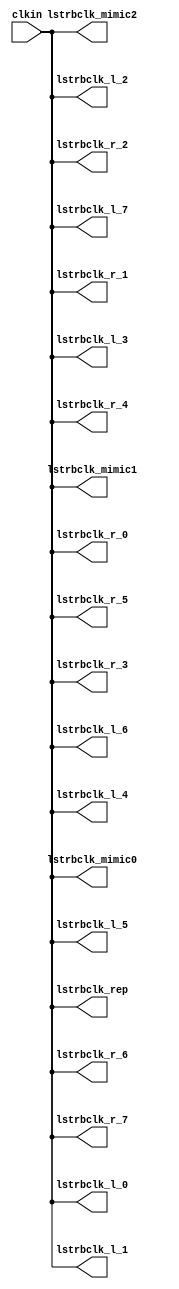
// SPDX-License-Identifier: Apache-2.0
// Copyright (C) 2019 Intel Corporation. 
//------------------------------------------------------------------------
// Copyright (c) 2012 Altera Corporation. .
//
//------------------------------------------------------------------------
// Revision:    $Revision: 1 $
//------------------------------------------------------------------------
// Description: skew-matched clock distribution network
//------------------------------------------------------------------------

`timescale 1ps/1ps
module aibcr3_clktree_avmm_pcs 
#(
parameter SKEW_DELAY     = 60   //min:20ps; typ :60ps; max:100ps
)
(
   input  wire         clkin,                   //clock source
   output wire 	       lstrbclk_l_0, 	        //buffered clock
   output wire         lstrbclk_l_1,            //buffered clock
   output wire         lstrbclk_l_2,            //buffered clock
   output wire         lstrbclk_l_3,            //buffered clock
   output wire         lstrbclk_l_4,            //buffered clock
   output wire         lstrbclk_l_5,            //buffered clock
   output wire         lstrbclk_l_6,            //buffered clock
   output wire         lstrbclk_l_7,            //buffered clock
   output wire         lstrbclk_r_0,            //buffered clock
   output wire         lstrbclk_r_1,            //buffered clock
   output wire         lstrbclk_r_2,            //buffered clock
   output wire         lstrbclk_r_3,            //buffered clock
   output wire         lstrbclk_r_4,            //buffered clock
   output wire         lstrbclk_r_5,            //buffered clock
   output wire         lstrbclk_r_6,            //buffered clock
   output wire         lstrbclk_r_7,            //buffered clock
   output wire         lstrbclk_rep, 	        //replica for DLL
   output wire         lstrbclk_mimic0,         //mimic path for load matching
   output wire         lstrbclk_mimic1,         //mimic path for load matching   
   output wire         lstrbclk_mimic2          //mimic path for load matching
);

`ifdef TIMESCALE_EN
  timeunit 1ps;
  timeprecision 1ps;
`endif
  
                assign #SKEW_DELAY lstrbclk_l_0 = clkin;
                assign #SKEW_DELAY lstrbclk_l_1 = clkin;
                assign #SKEW_DELAY lstrbclk_l_2 = clkin;
                assign #SKEW_DELAY lstrbclk_l_3 = clkin;
                assign #SKEW_DELAY lstrbclk_l_4 = clkin;
                assign #SKEW_DELAY lstrbclk_l_5 = clkin;
                assign #SKEW_DELAY lstrbclk_l_6 = clkin;
                assign #SKEW_DELAY lstrbclk_l_7 = clkin;
                assign #SKEW_DELAY lstrbclk_r_0 = clkin;
                assign #SKEW_DELAY lstrbclk_r_1 = clkin;
                assign #SKEW_DELAY lstrbclk_r_2 = clkin;
                assign #SKEW_DELAY lstrbclk_r_3 = clkin;
                assign #SKEW_DELAY lstrbclk_r_4 = clkin;
                assign #SKEW_DELAY lstrbclk_r_5 = clkin;
                assign #SKEW_DELAY lstrbclk_r_6 = clkin;
                assign #SKEW_DELAY lstrbclk_r_7 = clkin;
                assign #SKEW_DELAY lstrbclk_rep = clkin;
                assign #SKEW_DELAY lstrbclk_mimic0 = clkin;
                assign #SKEW_DELAY lstrbclk_mimic1 = clkin;
                assign #SKEW_DELAY lstrbclk_mimic2 = clkin;

endmodule // aibcr_clktree_avmm_pcs